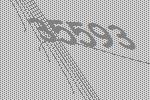
35593